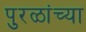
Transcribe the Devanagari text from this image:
पुरळांच्या